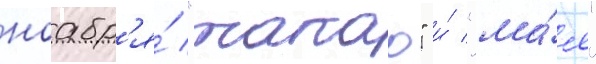
ноабр'я́ "такао" и́ "ма́я"